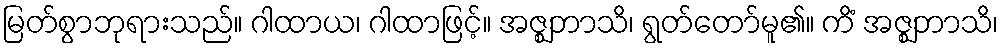
မြတ်စွာဘုရားသည်။ ဂါထာယ၊ ဂါထာဖြင့်။ အဇ္ဈဘာသိ၊ ရွတ်တော်မူ၏။ ကိံ အဇ္ဈဘာသိ၊